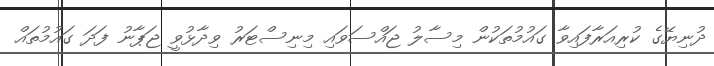
ދުނިޔޭގެ ކުރިއަރާފައިވާ ގައުމުތަކުން މިސާލު ޖައްސަވައި މިނިސްޓަރު ވިދާޅުވީ ޖަޕާނު ފަދަ ގައުމުތައް